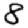
Digit: 8